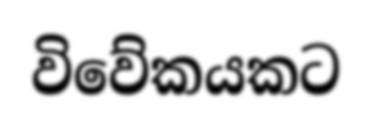
විවේකයකට